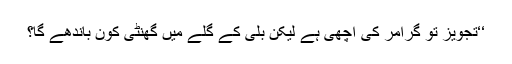
‘‘تجویز تو گرامر کی اچھی ہے لیکن بلی کے گلے میں گھنٹی کون باندھے گا؟